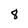
Character: 8